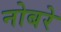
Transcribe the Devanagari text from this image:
नोबरे